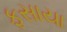
ફસાયા